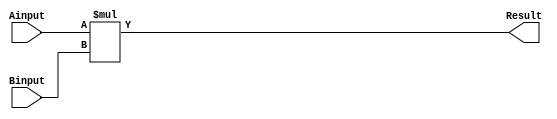
`timescale 1ns / 1ps
//////////////////////////////////////////////////////////////////////////////////
// Company: 
// Engineer: 
// 
// Design Name: 
// Module Name:    Multiply 
// Project Name: 
// Target Devices: 
// Tool versions: 
// Description: 
//
// Dependencies: 
//
// Revision: 
// Revision 0.01 - File Created
// Additional Comments: 
//
//////////////////////////////////////////////////////////////////////////////////
module Multiply(
    input [15:0] Ainput,
    input [15:0] Binput,
    output [15:0] Result
    );
	
	assign Result = ($signed(Ainput) * $signed(Binput));

endmodule